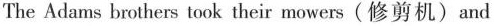
The Adams brothers took their mowers (修剪机) and